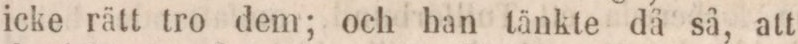
icke rätt tro dem; och han tänkte då så, att